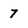
Character: 7